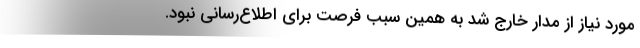
مورد نیاز از مدار خارج شد به همین سبب فرصت برای اطلاع‌رسانی نبود.